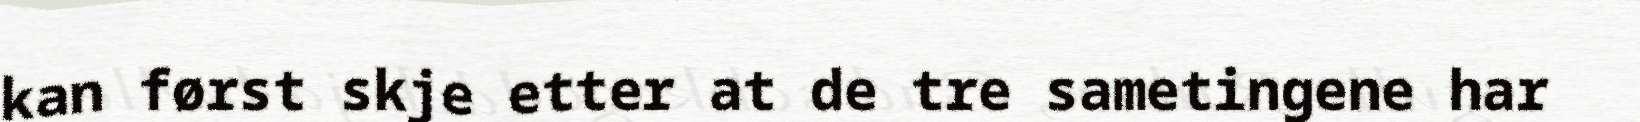
kan først skje etter at de tre sametingene har